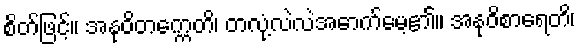
စိတ်ဖြင့်။ အနုဝိတက္ကေတိ၊ တလုံ့လဲလဲအောက်မေ့၏။ အနုဝိစာရေတိ၊